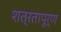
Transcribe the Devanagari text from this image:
शत्रतापूर्ण